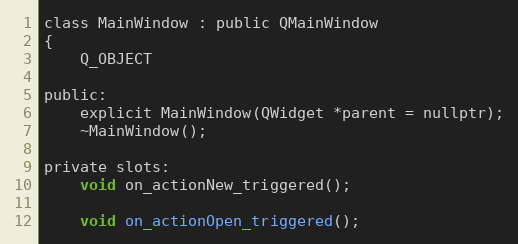
Language: C
class MainWindow : public QMainWindow
{
    Q_OBJECT

public:
    explicit MainWindow(QWidget *parent = nullptr);
    ~MainWindow();

private slots:
    void on_actionNew_triggered();

    void on_actionOpen_triggered();